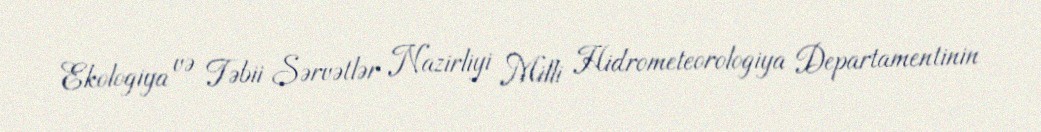
Ekologiya və Təbii Sərvətlər Nazirliyi Milli Hidrometeorologiya Departamentinin